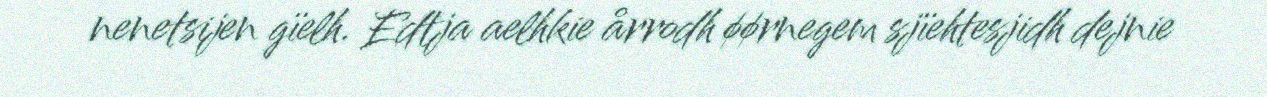
nenetsijen gïelh. Edtja aelhkie årrodh øørnegem sjïehtesjidh dejnie